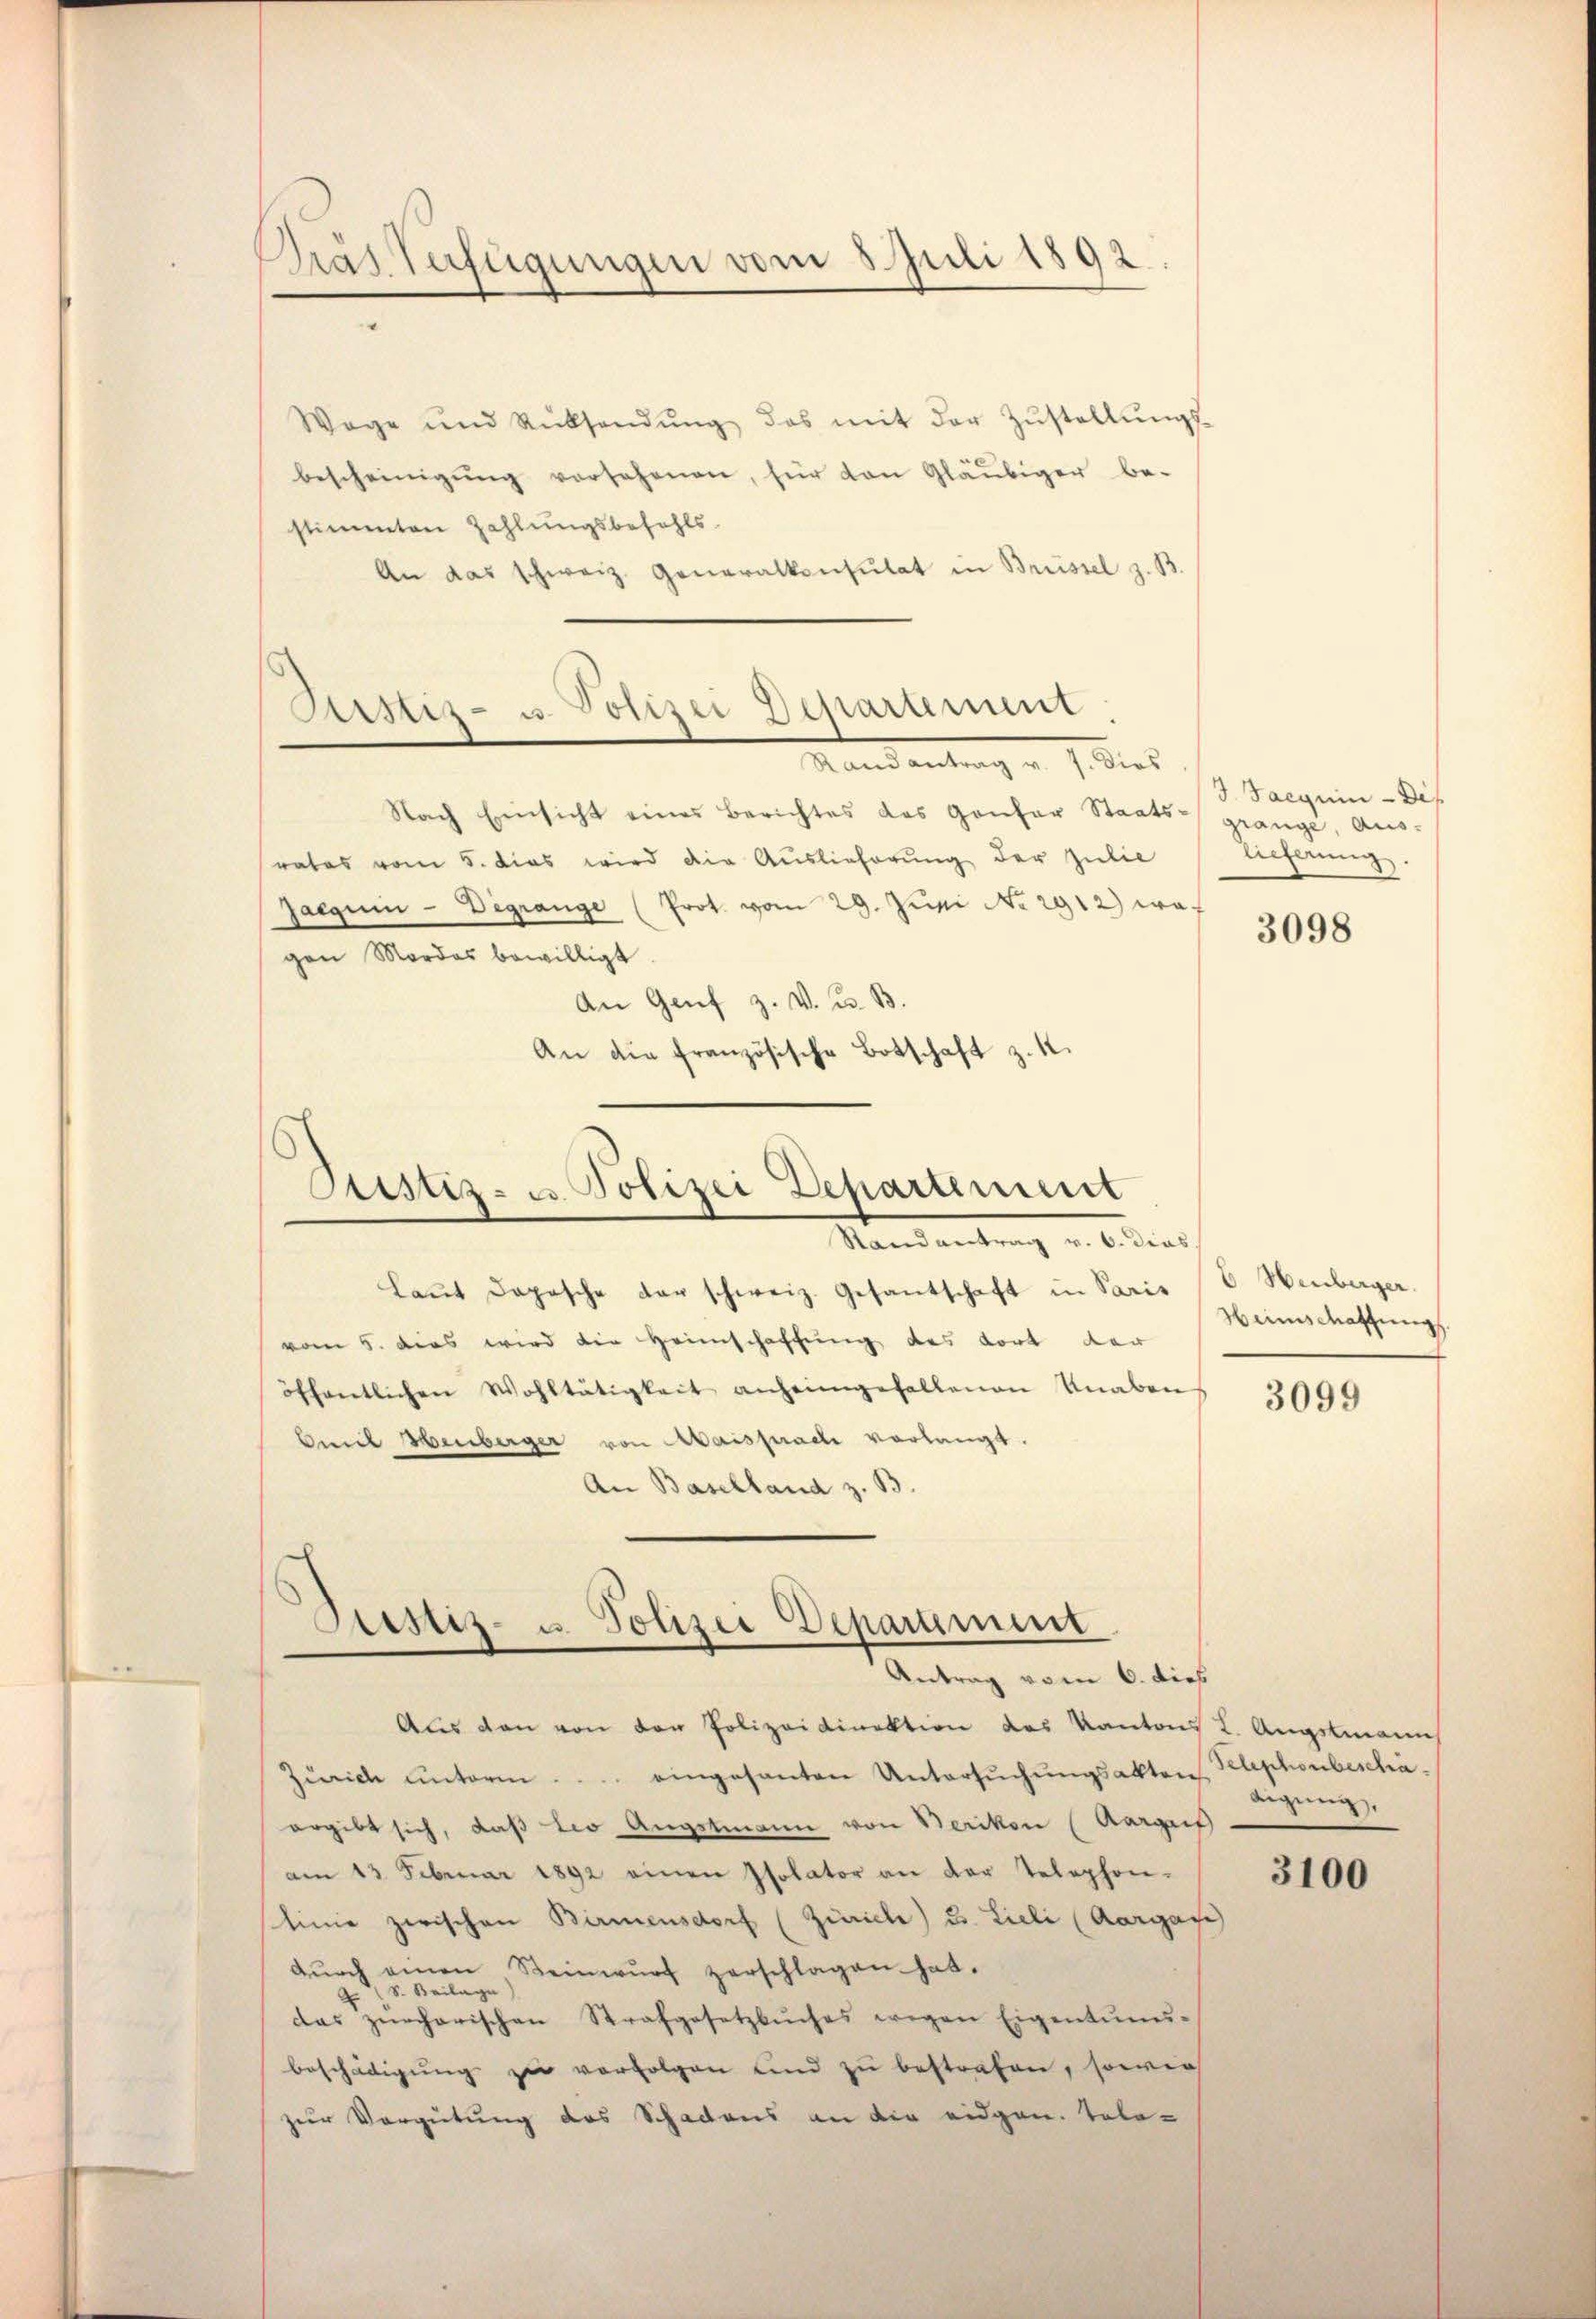
Päs Verfügungen vom 8. Juli 1892

Wage und Rücksendŭng das mit der Zŭstellŭngs-
bescheinigŭng versehenen, für van Gläubiger be-
stimmten Zahlungsbefehls.
An das schweiz. Generalkonsulat in Brüssel z. B.
Sistiz- u. Polizei Departement

Hand entrag v. J. dies

Nach Einsicht eines Berichtes des Gonfer Staats- grange, aus-
rates vom 5. dies wird die Auslieferung der Julie
Gaegum - Degrange (Prot. vom 29. Juni No 2912) wogen Mordes bewilligt
An Genf z. V. B. B.
An die französische Botschaft z. K.
Justiz- u. Polizei Departement
Mandantung u. Anders
Laŭt Daposche der schweiz. Gesantschaft in Paris (C. Heuberger.
vom 5. dies wird die Heimschaffung des dort der
öffentlichen Wohltätigkeit anheimgefallenen Knabens 3094
Emil Henberger von Maispracti vorlangt.
An Baselland z. B.

Sistiz- u. Polizei Departement
Antrag vom 6. dies

Aus den von der Polizeidirektion des Kantons L. Augstmann
Zürich ŭnterm . . . eingesanten Untersŭchŭngsakten. Klephonbeschä-
ergibt sich, daß Leo Augstmann von Berikon (Aargrif
am 13. Februar 1892 einen Isolator an der Telephon-
slinie zwischen Birmensdorf (Zürich) u. Lieli (Aargare
dŭrch einen Steinwŭrf zerschlagen hat.
S. Beilage
das zürcherischen Strafgesetzbuches wegen Eigentums-
beschädigŭng zŭ verfolgen und zu bestrafen, sowie
zur Vergütung des Schadens an die eidgen. Tele-

3 Jacquin - Dif
lieferung.

3098

Haimschaftung

digung,

3100